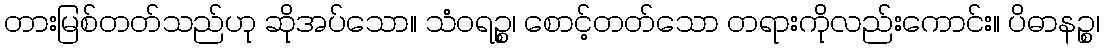
တားမြစ်တတ်သည်ဟု ဆိုအပ်သော။ သံဝရဉ္စ၊ စောင့်တတ်သော တရားကိုလည်းကောင်း။ ပိဓာနဉ္စ၊